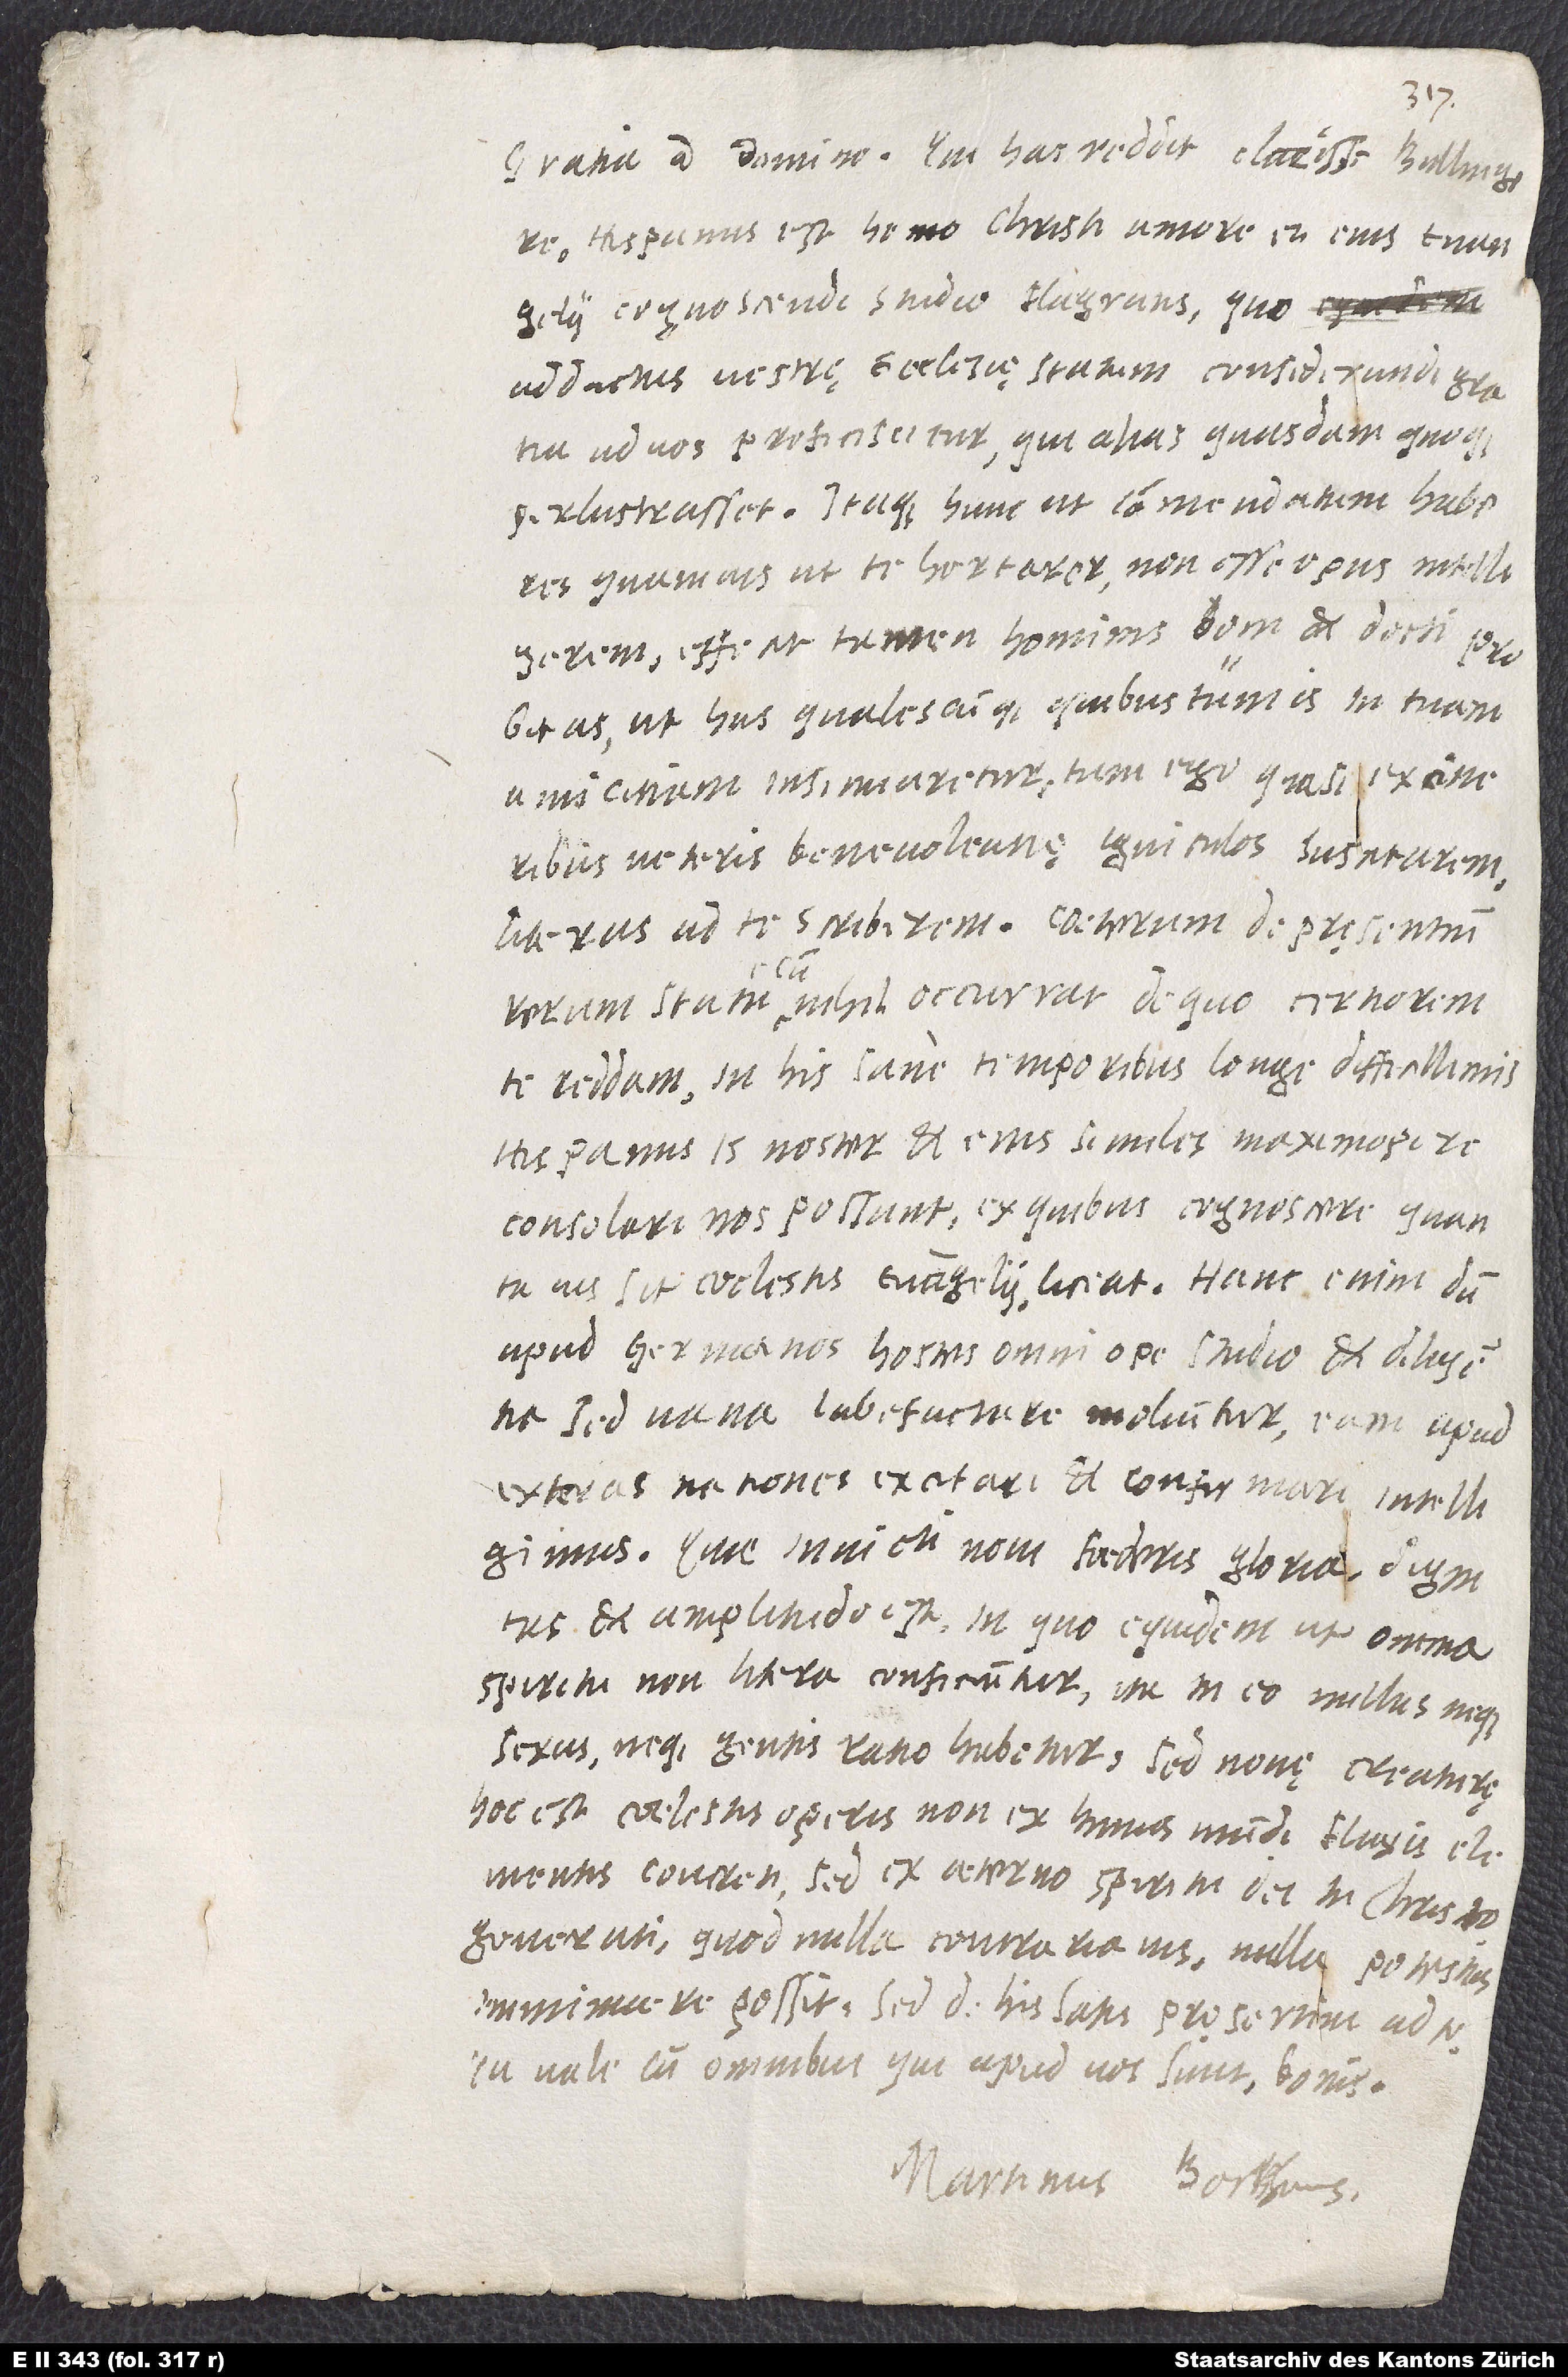
Gratia a domino. Qui has reddit, clarissime Bullingere,
Hispanus est, homo Christi amore et eius evangelii
cognoscendi studio flagrans, quo
adductus vestrę ecclesię statum considerandi gratia
ad vos proficiscitur, qui alias quasdam quoque
perlustrasset. Itaque hunc ut commendatum haberes
(quamvis, ut te hortarer, non esse opus intelligerem),
effecit tamen hominis boni et docti probitas,
ut has qualescunque (quibus tum is in tuam
amicitiam insinuaretur, tum ego quasi ex cineribus
veteris benevolentię igniculos suscitarem)
literas ad te scriberem. Caeterum de pręsentium
rerum statu cum nihil occurrat, de quo certiorem
te reddam, in his sane temporibus longe difficillimis
Hispanus is noster et eius similes maximopere
consolari nos possunt; ex quibus cognoscere, quanta
vis sit coelestis evangelii, liceat. Hanc enim, dum
apud Germanos hostes omni ope, studio et diligentia,
sed vana, labefactare moliuntur, eam apud
exteras nationes excitari et confirmari intelligimus.
Quae invicti novi foederis gloria, dignitas
et amplitudo est! In quo equidem, ut omnia
spiritu non litera conficiuntur, ita in eo nullus neque
sexus neque gentis ratio habetur, sed novę creaturę
(hoc est coelestis operis non ex huius mundi fluxis elementis
concreti, sed ex aeterno spiritu dei in Christo
generati, quod nulla contraria vis, nulla potestas
imminuere possit). Sed de his satis - pręsertim ad te!
Tu vale cum omnibus, qui apud vos sunt, bonis.
Martinus Borrhaus.